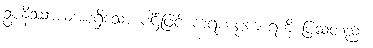
ဥပနိဿာယအစရှိသော ပါဌ်ဖြင့် ကရဏပ္ပကာရကို ပြသတည်း။